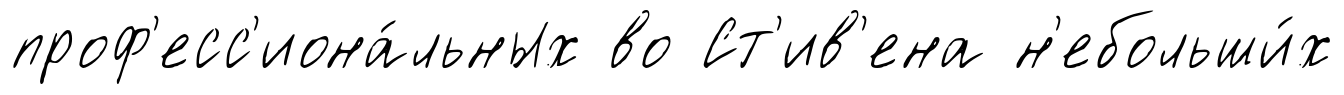
проф'есс'иона́льных во Ст'ив'ена н'ебольши́х